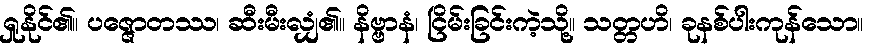
ရှုနိုင်၏။ ပဇ္ဇောတဿ၊ ဆီးမီးလျှံ၏။ နိဗ္ဗာနံ၊ ငြိမ်းခြင်းကဲ့သို့။ သတ္တဟိ၊ ခုနစ်ပါးကုန်သော။